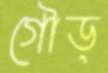
গৌড়